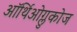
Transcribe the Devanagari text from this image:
ऑर्थिओग्लुकोज